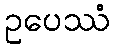
ဥပေဿံ